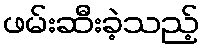
ဖမ်းဆီးခဲ့သည့်